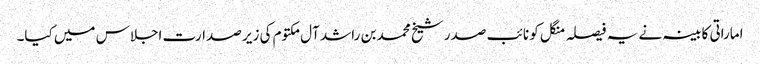
اماراتی کابینہ نے یہ فیصلہ منگل کو نائب صدر شیخ محمد بن راشد آل مکتوم کی زیر صدارت اجلاس میں کیا۔